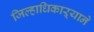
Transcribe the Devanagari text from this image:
जिल्हाधिकाऱ्याने